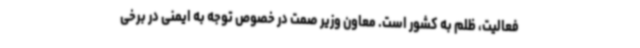
فعالیت، ظلم به کشور است. معاون وزیر صمت در خصوص توجه به ایمنی در برخی